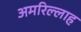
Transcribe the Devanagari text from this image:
अमरिल्लाह